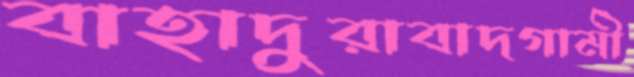
বাহাদুরাবাদগামী